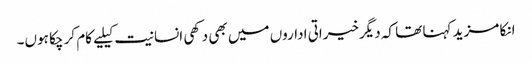
انکا مزید کہنا تھا کہ دیگرخیراتی اداروں میں بھی دکھی انسانیت کیلیے کام کر چکا ہوں۔